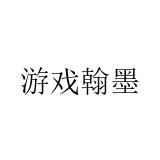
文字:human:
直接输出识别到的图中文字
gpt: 游戏翰墨